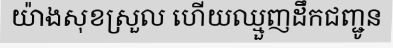
យ៉ាងសុខស្រួល ហើយឈ្មួញដឹកជញ្ជូន